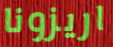
اريزونا